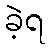
ခဲ့ရ